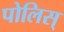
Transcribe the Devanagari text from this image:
पोलिस्